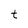
Character: t